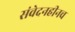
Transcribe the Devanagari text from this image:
संवेदनहीनच